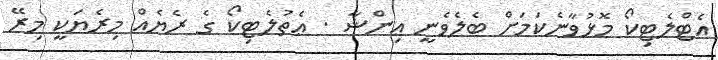
އެޓްލެޓިކޯ މޮޅުވާނެކަމަށް ބެލެވެނީ ޢިންޝާ . ޢެތުލެޓިކޯ ގެ ރެޔެއް މިރެޔަކީ މިރޭ